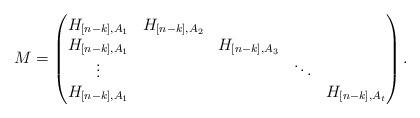
LaTeX: \begin{align*}M=\begin{pmatrix} H_{[n-k], A_1} & H_{[n-k], A_2} & & & \\H_{[n-k], A_1} & & H_{[n-k], A_3} & & \\\vdots & & & \ddots& \\H_{[n-k], A_1} & & & & H_{[n-k], A_t}\end{pmatrix}.\end{align*}